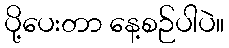
ပို့ပေးတာ နေ့စဉ်ပါပဲ။